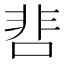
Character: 𩇬